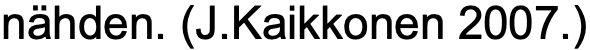
nähden. (J.Kaikkonen 2007.)